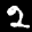
Label: 2